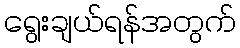
ရွေးချယ်ရန်အတွက်